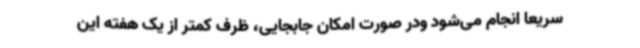
سریعا انجام می‌شود ودر صورت امکان جابجایی، ظرف کمتر از یک هفته این